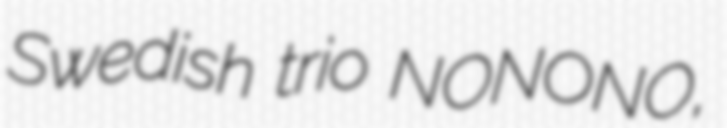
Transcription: Swedish trio NONONO,